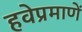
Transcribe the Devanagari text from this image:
हवेप्रमाणें